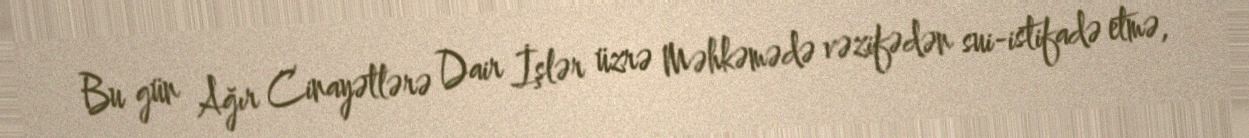
Bu gün Ağır Cinayətlərə Dair İşlər üzrə Məhkəmədə vəzifədən sui-istifadə etmə,